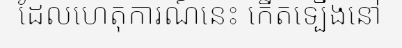
ដែលហេតុការណ៍នេះ កើតទ្បើងនៅ